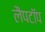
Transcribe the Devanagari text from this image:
लैपटाॅप